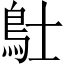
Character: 𲍚